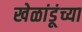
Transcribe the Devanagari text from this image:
खेळांडूंच्या